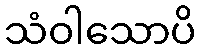
သံဝါသောပိ